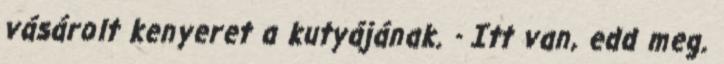
vásárolt kenyeret a kutyájának. - Itt van, edd meg.